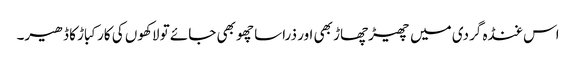
اس غنڈہ گردی میں چھیڑچھاڑ بھی اور ذراسا چھو بھی جائے تو لاکھوں کی کار کباڑ کا ڈھیر۔